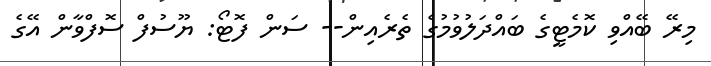
މިރޭ ބޭއްވި ކޮމެޓީގެ ބައްދަލުވުމުގެ ތެރެއިން-- ސަން ފޮޓޯ: ޔޫސުފް ސޮފްވާން އޭގެ